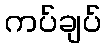
ကပ်ချပ်